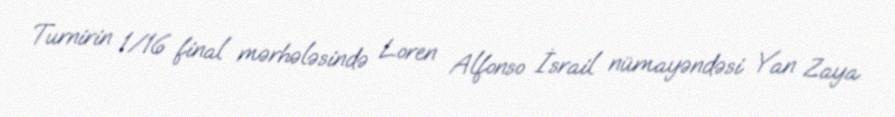
Turnirin 1/16 final mərhələsində Loren Alfonso İsrail nümayəndəsi Yan Zaya